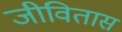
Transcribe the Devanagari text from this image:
जीवितास